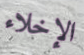
الإخلاء